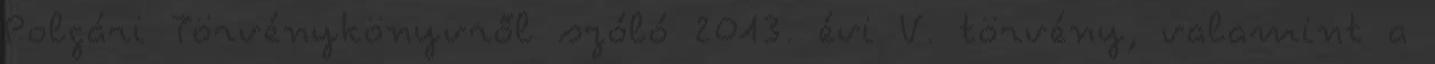
Polgári Törvénykönyvről szóló 2013. évi V. törvény, valamint a